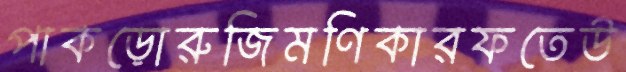
পাকড়োরুজিমণিকারফতেউ